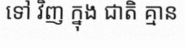
ទៅ វិញ ក្នុង ជាតិ គ្មាន